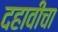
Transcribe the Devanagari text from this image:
दहावीचा